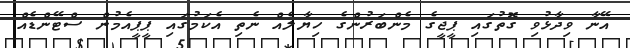
އޭނާ ވިދާޅުވި ގޮތުގައި ޕީޖީގެ މެންބަރުންގެ ހިޔާލެއް ނެތި އެކަމުގައި ޕީޕީއެމުން ސްޓޭންޑެއް